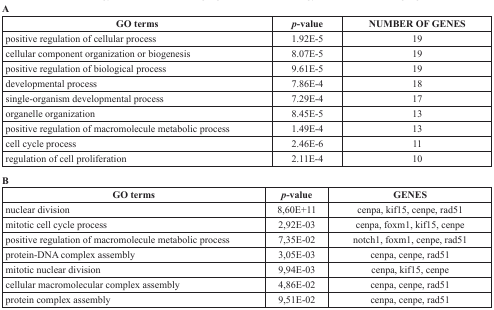
<table><thead><tr><td colspan="3"><b>A</b></td></tr><tr><td><b>GO terms</b></td><td><b><i>p</i>-value</b></td><td><b>NUMBER OF GENES</b></td></tr></thead><tbody><tr><td>positive regulation of cellular process</td><td>1.92E-5</td><td>19</td></tr><tr><td>cellular component organization or biogenesis</td><td>8.07E-5</td><td>19</td></tr><tr><td>positive regulation of biological process</td><td>9.61E-5</td><td>19</td></tr><tr><td>developmental process</td><td>7.86E-4</td><td>18</td></tr><tr><td>single-organism developmental process</td><td>7.29E-4</td><td>17</td></tr><tr><td>organelle organization</td><td>8.45E-5</td><td>13</td></tr><tr><td>positive regulation of macromolecule metabolic process</td><td>1.49E-4</td><td>13</td></tr><tr><td>cell cycle process</td><td>2.46E-6</td><td>11</td></tr><tr><td>regulation of cell proliferation</td><td>2.11E-4</td><td>10</td></tr><tr><td colspan="3"><b>B</b></td></tr><tr><td><b>GO terms</b></td><td><b><i>p</i>-value</b></td><td><b>GENES</b></td></tr><tr><td>nuclear division</td><td>8,60E+11</td><td>cenpa, kif15, cenpe, rad51</td></tr><tr><td>mitotic cell cycle process</td><td>2,92E-03</td><td>cenpa, foxm1, kif15, cenpe</td></tr><tr><td>positive regulation of macromolecule metabolic process</td><td>7,35E-02</td><td>notch1, foxm1, cenpe, rad51</td></tr><tr><td>protein-DNA complex assembly</td><td>3,05E-03</td><td>cenpa, cenpe, rad51</td></tr><tr><td>mitotic nuclear division</td><td>9,94E-03</td><td>cenpa, kif15, cenpe</td></tr><tr><td>cellular macromolecular complex assembly</td><td>4,86E-02</td><td>cenpa, cenpe, rad51</td></tr><tr><td>protein complex assembly</td><td>9,51E-02</td><td>cenpa, cenpe, rad51</td></tr></tbody></table>